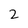
Character: 2